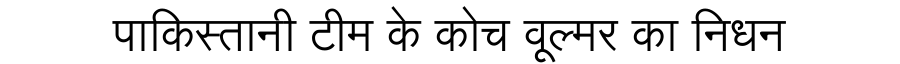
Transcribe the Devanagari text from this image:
पाकिस्तानी टीम के कोच वूल्मर का निधन